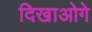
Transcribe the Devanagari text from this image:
दिखाओगे